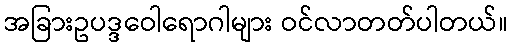
အခြားဥပဒ္ဒဝေါရောဂါများ ဝင်လာတတ်ပါတယ်။